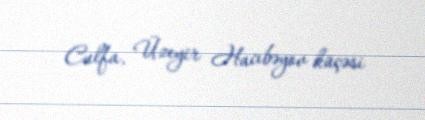
Culfa, Üzeyir Hacıbəyov küçəsi